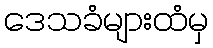
ဒေသခံများထံမှ